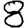
Digit: 8